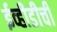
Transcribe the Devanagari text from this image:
ईव्हीडीची